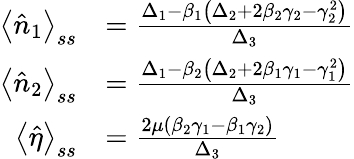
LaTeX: \begin{array}{rl}{\left\langle\hat{n}_{1}\right\rangle_{ss}}&{=\frac{\Delta_{1}-\beta_{1}\left(\Delta_{2}+2\beta_{2}\gamma_{2}-\gamma_{2}^{2}\right)}{\Delta_{3}}}\\ {\left\langle\hat{n}_{2}\right\rangle_{ss}}&{=\frac{\Delta_{1}-\beta_{2}\left(\Delta_{2}+2\beta_{1}\gamma_{1}-\gamma_{1}^{2}\right)}{\Delta_{3}}}\\ {\left\langle\hat{\eta}\right\rangle_{ss}}&{=\frac{2\mu\left(\beta_{2}\gamma_{1}-\beta_{1}\gamma_{2}\right)}{\Delta_{3}}}\end{array}